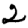
Digit: 2